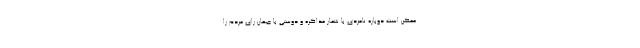
ممکن است دوباره نامزدی با شعار مذاکره و دوستی با جهان رای مردم را